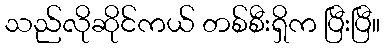
သည်လိုဆိုင်ကယ် တစ်စီးရှိက ပြီးပြီ။